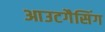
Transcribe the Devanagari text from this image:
आउटगैसिंग